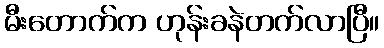
မီးတောက်က ဟုန်းခနဲတက်လာပြီ။